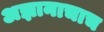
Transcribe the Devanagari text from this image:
अज्ञानाचाच